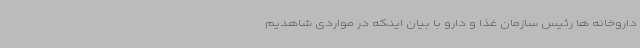
داروخانه ها رئیس سازمان غذا و دارو با بیان اینکه در مواردی شاهدیم